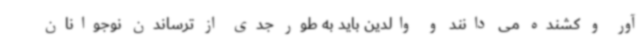
آور و کشنده می دانند و والدین باید به طور جدی از ترساندن نوجوانان